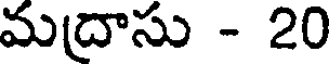
మద్రాసు - 20